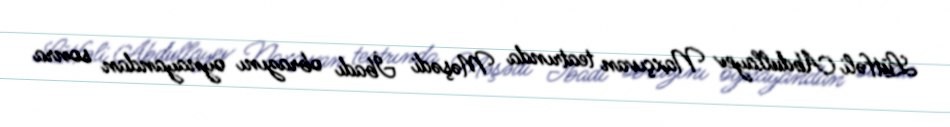
Lütfəli Abdullayev Naxçıvan teatrında Məşədi İbadı obrazını oynayandan sonra